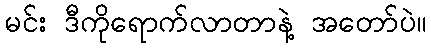
မင်း ဒီကိုရောက်လာတာနဲ့ အတော်ပဲ။